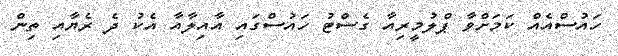
ހައުސްއެއް ކަމަށްވާ ޕްލުމީރިއާ ގެސްޓު ހައުސްގައި އާއިލާއާ އެކު ދެ ރެޔާއި ތިން